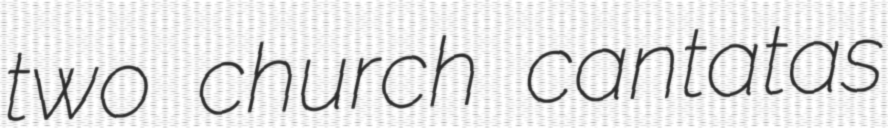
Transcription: two church cantatas